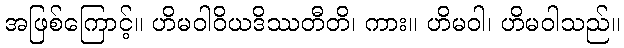
အဖြစ်ကြောင့်။ ဟိမဝါဝိယဒိဿတီတိ၊ ကား။ ဟိမဝါ၊ ဟိမဝါသည်။